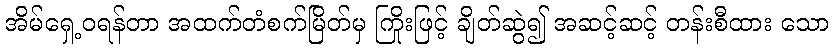
အိမ်ရှေ့ဝရန်တာ အထက်တံစက်မြိတ်မှ ကြိုးဖြင့် ချိတ်ဆွဲ၍ အဆင့်ဆင့် တန်းစီထား သော